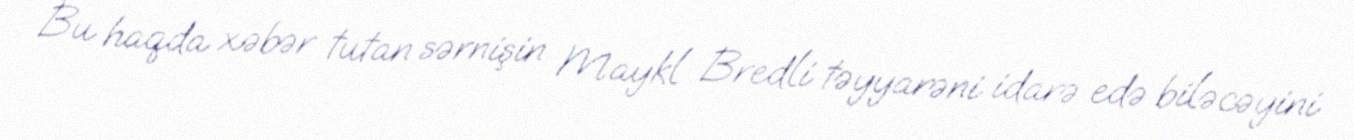
Bu haqda xəbər tutan sərnişin Maykl Bredli təyyarəni idarə edə biləcəyini